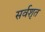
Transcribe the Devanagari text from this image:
सर्वशृत